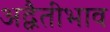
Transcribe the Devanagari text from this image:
अद्वैतीभाव